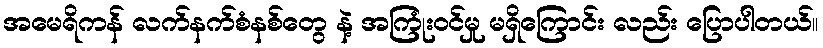
အမေရိကန် လက်နက်စံနစ်တွေ နဲ့ အကြုံးဝင်မှု မရှိကြောင်း လည်း ပြောပါတယ်။